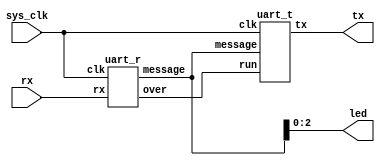
module HC05(
    input sys_clk,
    input rx,
    output tx,
    output [2:0]led
);                                                                             
    wire[7:0]message;                                                           
    wire sig;                                                                   
   
    uart_r uart_r_1(.clk(sys_clk),.rx(rx),.message(message),.over(sig));      
    uart_t uart_t_1(.clk(sys_clk),.tx(tx),.message(message),.run(sig));         
   
    assign led[0]=message[0];                                                   
    assign led[1]=message[1];
	 assign led[2]=message[2];
endmodule

module uart_r(
    input clk,
    input wire rx,
    output reg [7:0]message,
    output reg over=0
);                                                                                                   
    reg [12:0]cnt_clk=0;                              
    reg [4:0]cnt_message=0;                           
    reg [7:0]message_mid=0;                           
    reg r_start=1;                                       
    always @(posedge clk)
    begin
        if (rx==0&&r_start==1) begin
            cnt_clk<=cnt_clk+1;
            if (cnt_clk==2604&&rx==0) begin
                r_start<=0;
                cnt_clk<=0;
                cnt_message<=0;
                message_mid<=0;
            end
        end                                            
        else if (r_start==0) begin
            cnt_clk<=cnt_clk+1;
            if (cnt_clk==5208) begin                   
                message_mid[cnt_message]<=rx;
                cnt_message<=cnt_message+1;
                cnt_clk<=0;
            end                                            
            else if (cnt_message==8) begin            
                if (cnt_clk==3000) begin                
                    over<=1;
                end
                if (cnt_clk==5000) begin                
                    over<=0;
                    cnt_clk<=0;
                    cnt_message<=0;
                    r_start<=1;
                    message<=message_mid;
                    message_mid<=0;
						  
                end
            end
        end                                          
        else begin
            r_start<=1;
            over<=0;
        end
    end

endmodule

module uart_t(
    input wire [7:0]message,
    input clk,
    output reg tx=1,
    input wire run
    );                                                                

    reg [12:0]cnt_clk=0;
    reg [4:0]cnt_message=0;
    reg t_start=1;
   
    always @(posedge clk) begin
        if (run==1&&t_start==1) begin
            t_start<=0;
            cnt_clk<=0;
        end
        else if (run==0&&t_start==0&&cnt_message==0) begin           
            tx<=0;
            cnt_clk<=cnt_clk+1;
            if (cnt_clk==5208) begin
                tx<=message[cnt_message];
                cnt_clk<=0;
                cnt_message<=1;
                t_start<=0;
            end
        end
        else if (cnt_message>=1) begin
            cnt_clk<=cnt_clk+1;
            if (cnt_clk==5208) begin
                cnt_clk<=0;
                if (cnt_message==8) begin
                    tx<=1;
                    t_start<=1;
                    cnt_message<=0;
                end
                else begin
                    tx<=message[cnt_message];
                    cnt_message<=cnt_message+1;
                end
            end
        end
        else begin
            tx=1;
        end
    end
endmodule